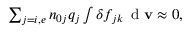
\begin{array} { r } { \sum _ { j = i , e } n _ { 0 j } q _ { j } \int \delta f _ { j { k } } \, \mathrm { ~ d ~ } \mathbf { v } \approx 0 , } \end{array}